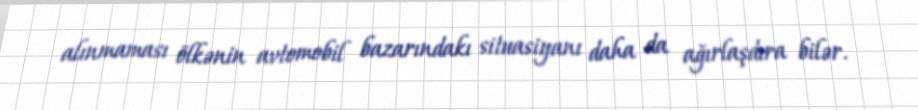
alınmaması ölkənin avtomobil bazarındakı situasiyanı daha da ağırlaşdıra bilər.